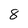
Character: 8